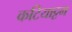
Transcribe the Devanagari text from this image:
कटियाट्टम